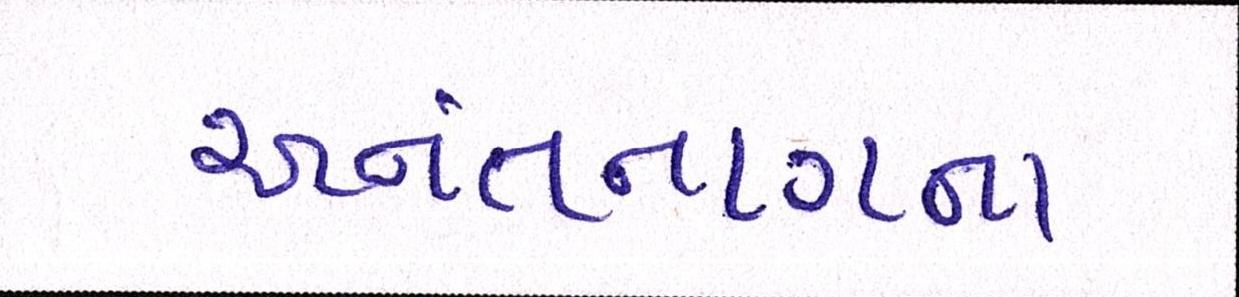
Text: અનંતનાગના